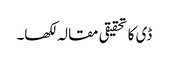
ڈی کا تحقیقی مقالہ لکھا۔